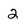
Character: 2